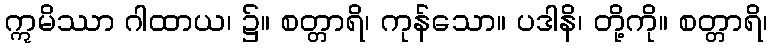
ဣမိဿာ ဂါထာယ၊ ၌။ စတ္တာရိ၊ ကုန်သော။ ပဒါနိ၊ တို့ကို။ စတ္တာရိ၊